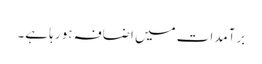
برآمدات میں اضافہ ہو رہا ہے۔